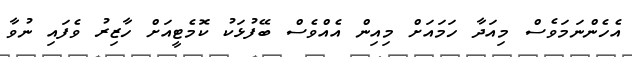
އެހެންނަމަވެސް މިއަދާ ހަމައަށް މިއިން އެއްވެސް ބޭފުޅަކު ކޮމެޓީއަށް ހާޒިރު ވެފައި ނުވާ